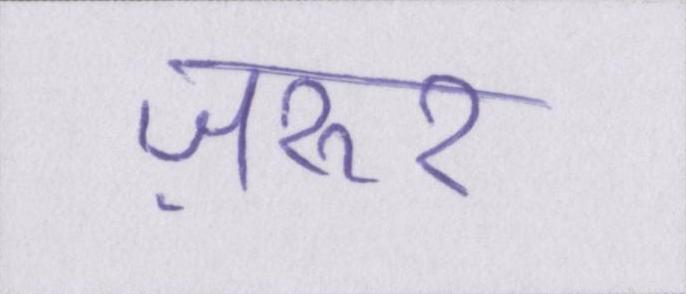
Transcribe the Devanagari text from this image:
ज़रूर